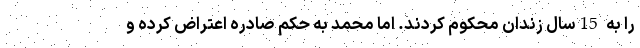
را به 15سال زندان محکوم کردند. اما محمد به حکم صادره اعتراض کرده و